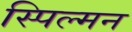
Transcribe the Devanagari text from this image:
स्पिल्मन